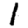
Digit: 1